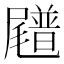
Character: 𪨟